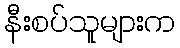
နီးစပ်သူများက